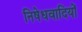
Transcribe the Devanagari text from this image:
निषेधवादियों